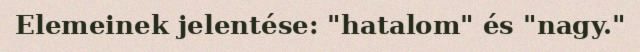
Elemeinek jelentése: "hatalom" és "nagy."